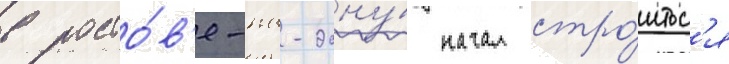
в росто́в'е-на-дону́ начал стро́итьс'я